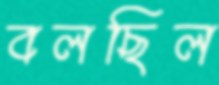
বলছিল